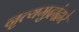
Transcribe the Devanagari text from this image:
नृत्यमुद्रांद्वारे